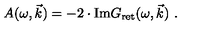
A ( \omega , \vec { k } ) = - 2 \cdot \mathrm { I m } G _ { \mathrm { r e t } } ( \omega , \vec { k } ) \ .